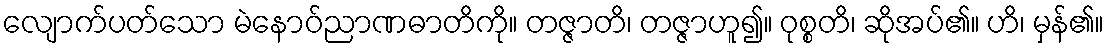
လျောက်ပတ်သော မဲနောဝ်ညာဏဓာတိကို။ တဇ္ဇာတိ၊ တဇ္ဇာဟူ၍။ ဝုစ္စတိ၊ ဆိုအပ်၏။ ဟိ၊ မှန်၏။